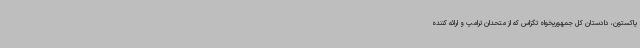
پاکستون، دادستان کل جمهوریخواه تگزاس که از متحدان ترامپ و ارائه کننده